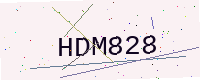
Text: HDM828